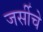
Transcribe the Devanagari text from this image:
जर्सीचे